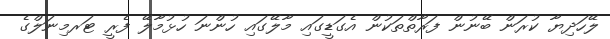
ލޭހަދިޔާ ކުރަން ބޭނުން ފަރާތްތަކުން އެގަޑީގައި މާލޭގައި ހުންނަ ހުޅުމާލޭ ފެެރީ ޓަރމިނަލްގެ